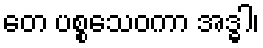
တေ ပစ္စသေဝကာ အဒ္ဓါ၊